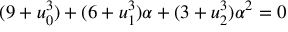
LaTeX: ( 9 + u _ { 0 } ^ { 3 } ) + ( 6 + u _ { 1 } ^ { 3 } ) \alpha + ( 3 + u _ { 2 } ^ { 3 } ) \alpha ^ { 2 } = 0